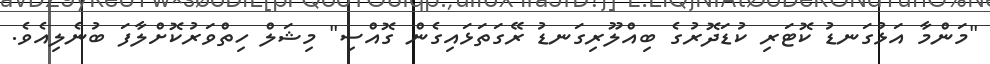
"މަންމާ އަޅުގަނޑު ކޮޓަރި ކުޑަދޮރުގެ ބިއްލޫރިގަނޑު ރޭގަތަޅައިގެން ގޮއްސި" މިޝަލް ހިތްވަރުކޮށްލާފަ ބުނެލިއެވެ.